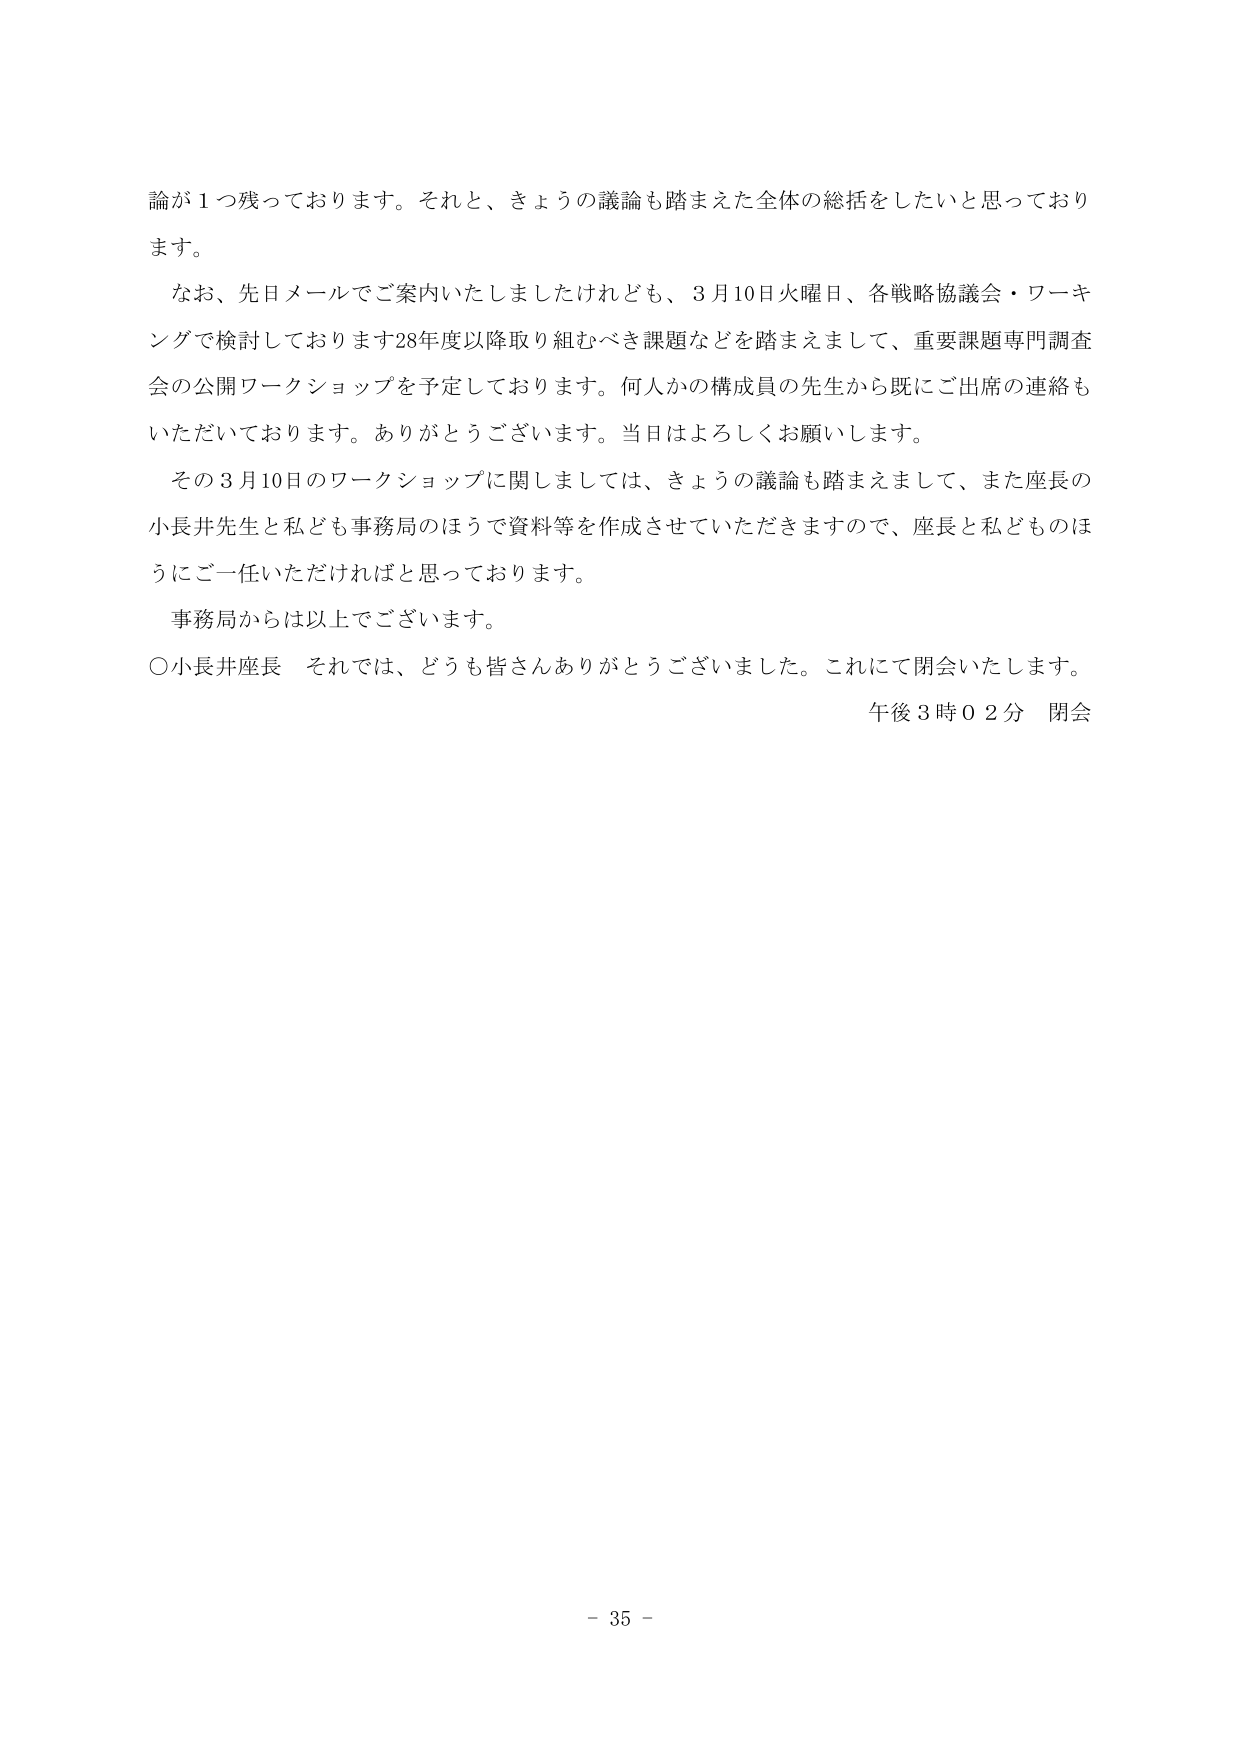
論が１つ残っております。それと、きょうの議論も踏まえた全体の総括をしたいと思っております。

なお、先日メールでご案内いたしましたけれども、３月10日火曜日、各戦略協議会・ワーキングで検討しております28年度以降取り組むべき課題などを踏まえまして、重要課題専門調査会の公開ワークショップを予定しております。何人かの構成員の先生から既にご出席の連絡もいただいております。ありがとうございます。当日はよろしくお願いします。

その３月10日のワークショップに関しましては、きょうの議論も踏まえまして、また座長の小長井先生と私ども事務局のほうで資料等を作成させていただきますので、座長と私どものほうにご一任いただければと思っております。

事務局からは以上でございます。

○小長井座長　それでは、どうも皆さんありがとうございました。これにて閉会いたします。

午後３時０２分　閉会

- 35 -